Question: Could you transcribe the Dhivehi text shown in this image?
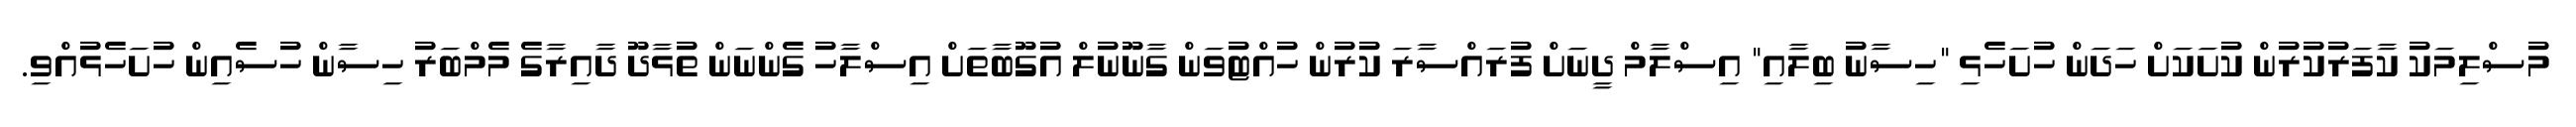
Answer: މުސްލިމަކު ކާފަރުކުރުން ކުށަކަށް ހަދަން ހުށަހެޅި "ހިސާނު ބިލާއި" އިސްލާމް ދީނަށް ފުރައްސާރަ ކުރުން ހުއްޓުވަން ގާނޫނުލް އުގޫބާތަށް އިސްލާހު ގެންނަން ތުޅާދޫ ދާއިރާގެ މެމްބަރު ހިސާން ހުސެއިން ހުށަހެޅުއްވި.